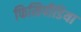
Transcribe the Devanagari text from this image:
फिसिपीडिया